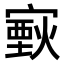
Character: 𤎟